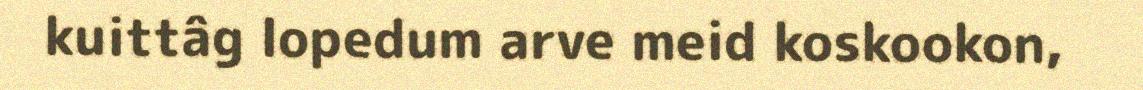
kuittâg lopedum arve meid koskookon,